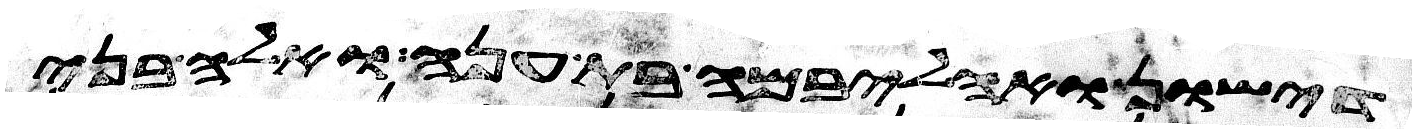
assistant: דישון ואהליבמה בת ענה ואלה בני